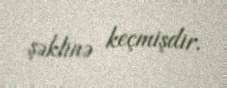
şəklinə keçmişdir.